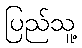
ပြည်သူ့